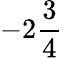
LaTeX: -2{\frac{3}{4}}